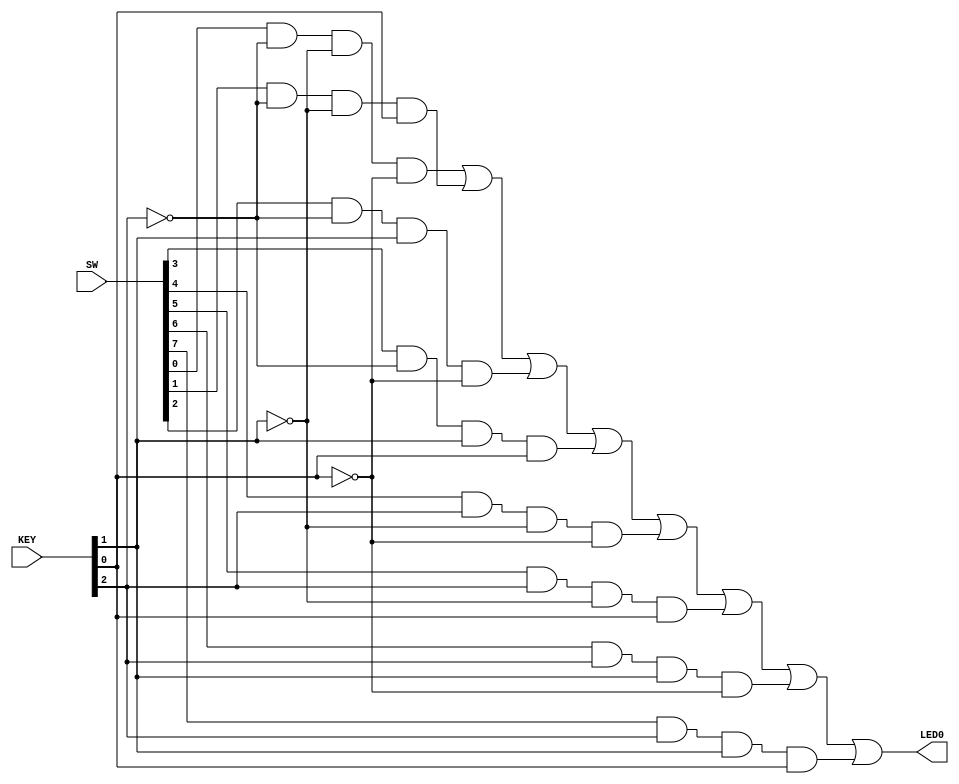
module Cau1(
 input [0:2] KEY, //KEY[] = S[]
 input [7:0] SW, //SW[] = A[]
 output LED0 //LED0 = Y
);
wire c0, c1, c2, c3, c4, c5, c6, c7;
assign c0 = SW[0] & ~KEY[0] & ~KEY[1] & ~KEY[2];
assign c1 = SW[1] & ~KEY[0] & ~KEY[1] & KEY[2];
assign c2 = SW[2] & ~KEY[0] & KEY[1] & ~KEY[2];
assign c3 = SW[3] & ~KEY[0] & KEY[1] & KEY[2];
assign c4 = SW[4] & KEY[0] & ~KEY[1] & ~KEY[2];
assign c5 = SW[5] & KEY[0] & ~KEY[1] & KEY[2];
assign c6 = SW[6] & KEY[0] & KEY[1] & ~KEY[2];
assign c7 = SW[7] & KEY[0] & KEY[1] & KEY[2];
assign LED0 = c0 | c1 | c2 | c3 | c4 | c5 | c6 | c7;
endmodule